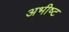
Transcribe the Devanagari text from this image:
अभीष्‍ट